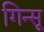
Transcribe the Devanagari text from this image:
गिन्सू